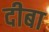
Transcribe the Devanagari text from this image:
दीबा